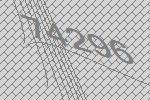
74296